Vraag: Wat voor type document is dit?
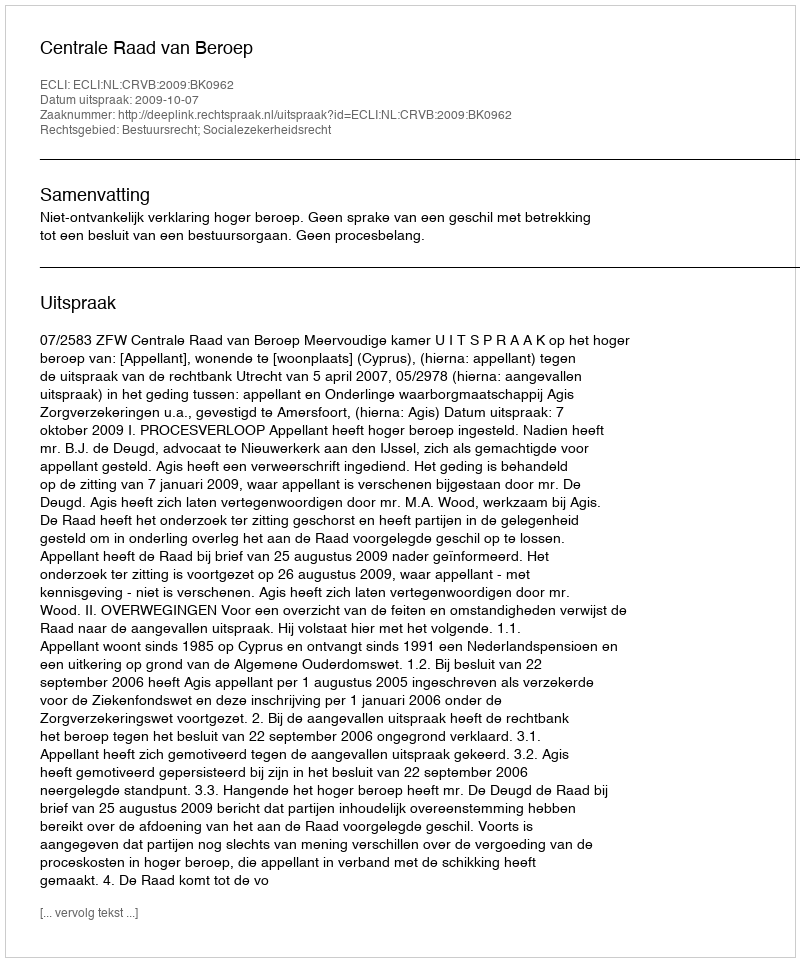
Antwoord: Uitspraak